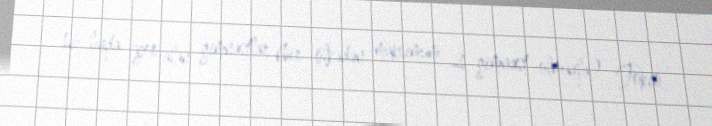
16-lıqda yer alan gimnastlar (bir ölkədən maksimum 2 gimnast olmaqla) Tokio